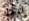
لديك